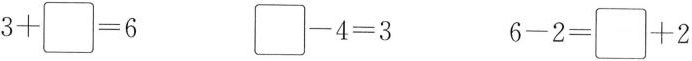
$$3 + \Box =6$$ $$\Box - 4 = 3$$ $$6 - 2 = \Box + 2$$